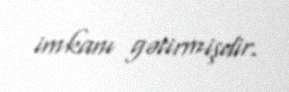
imkanı gətirmişdir.